Indian journal of veterinary science and animal husbandry - Volumes 22-23, 1952-1953
Year: 1952
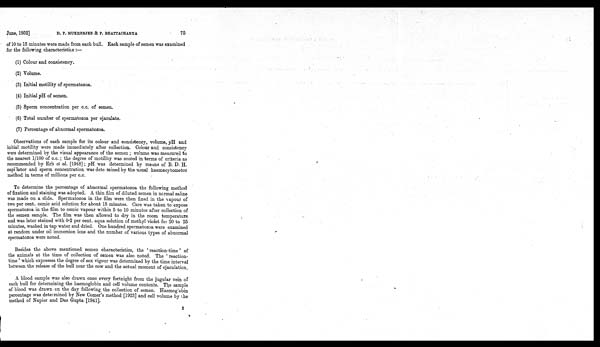
June, 1952] D. P. MUKHERJEE &
P.
BHATTACHARYA
75
of 10 to 15 minutes were made from each bull. Each sample of semen was examined
for the following characteristics:—
(1) Colour and consistency.
(2) Volume.
(3) Initial motility of spermatozoa.
(4) Initial pH of semen.
(5) Sperm concentration per c.c. of semen.
(6) Total number of spermatozoa per ejaculate.
(7) Percentage of abnormal spermatozoa.
Observations of each sample for its colour and consistency, volume, pH and
initial motility were made immediately after collection. Colour and consistency
were determined by the visual appearance of the semen; volume was measured to
the nearest 1/100 of c.c.; the degree of motility was scored in terms of criteria as
recommended by Erb et al. [1948]; pH was determined by means of B. D. H.
capi lator and sperm concentration was dete mined by the usual haemacytometor
method in terms of millions per c.c.
To determine the percentage of abnormal spermatozoa the following method
of fixation and staining was adopted. A thin film of diluted semen in normal saline
was made on a slide. Spermatozoa in the film were then fixed in the vapour of
two per cent. osmic acid solution for about 15 minutes. Care was taken to expose
spermatozoa in the film to osmic vapour within 5 to 10 minutes after collection of
the semen sample. The film was then allowed to dry in the room temperature
and was later stained with 0.2 per cent. aqua solution of methyl violet for 20 to 25
minutes, washed in tap water and dried. One hundred spermatozoa were examined
at random under oil immersion lens and the number of various types of abnormal
spermatozoa were noted.
Besides the above mentioned semen characteristics, the 'reaction-time' of
the animals at the time of collection of semen was also noted. The 'reaction-
time' which expresses the degree of sex vigour was determined by the time interval
between the release of the bull near the cow and the actual moment of ejaculation.
A blood sample was also drawn once every fortnight from the jugular vein of
each bull for determining the haemoglobin and cell volume contents. The sample
of blood was drawn on the day following the collection of semen. Haemoglobin
percentage was determined by New Comer's method [1923] and cell volume by the
method of Napier and Das Gupta [1941].
2